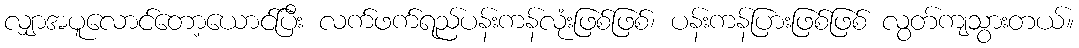
လျှာအပူလောင်တော့ယောင်ပြီး လက်ဖက်ရည်ပန်းကန်လုံးဖြစ်ဖြစ်၊ ပန်းကန်ပြားဖြစ်ဖြစ် လွတ်ကျသွားတယ်။